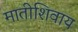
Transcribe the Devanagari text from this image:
मातीशिवाय